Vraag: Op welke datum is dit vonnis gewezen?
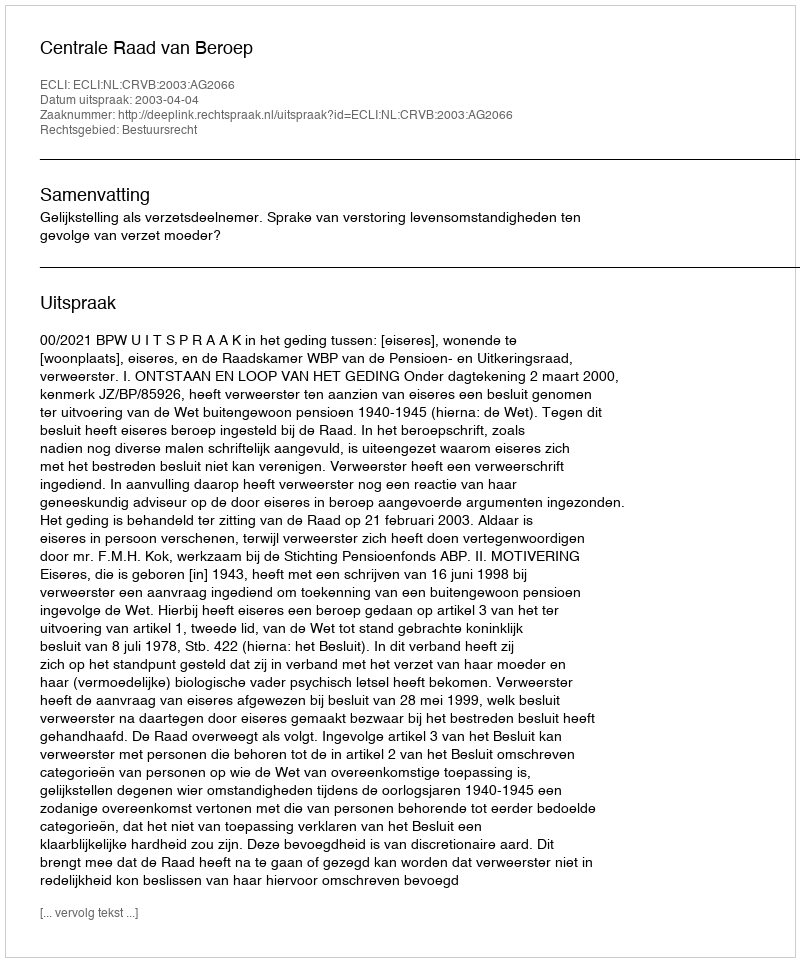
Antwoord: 2003-04-04